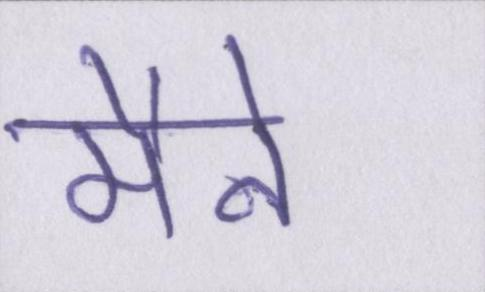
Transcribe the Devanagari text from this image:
मैने